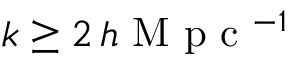
k \geq 2 \, h \textrm { M p c } { ^ { - 1 } }